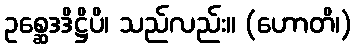
ဥစ္ဆေဒဒိဋ္ဌိပိ၊ သည်လည်း။ (ဟောတိ၊)